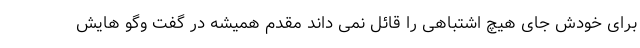
برای خودش جای هیچ اشتباهی را قائل نمی داند مقدم همیشه در گفت وگو هایش